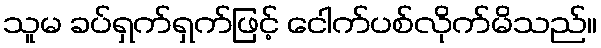
သူမ ခပ်ရှက်ရှက်ဖြင့် ငေါက်ပစ်လိုက်မိသည်။